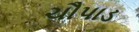
ચૌપાડ